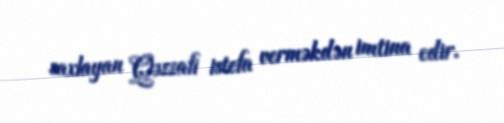
saxlayan Qəzzafi istefa verməkdən imtina edir.